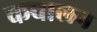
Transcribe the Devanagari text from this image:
कवालन